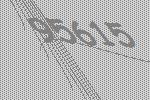
95615